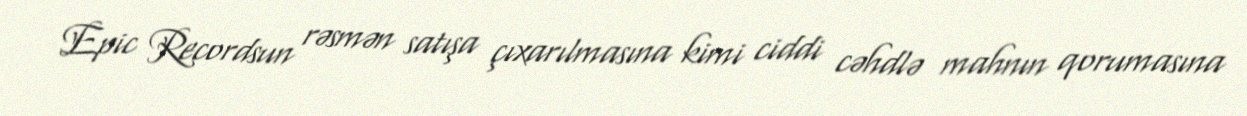
Epic Recordsun rəsmən satışa çıxarılmasına kimi ciddi cəhdlə mahnın qorumasına